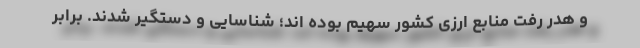
و هدر رفت منابع ارزی کشور سهیم بوده ‌اند؛ شناسایی و دستگیر شدند. برابر